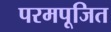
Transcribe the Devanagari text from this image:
परमपूजित